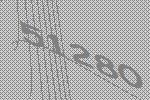
51280